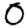
Digit: 0